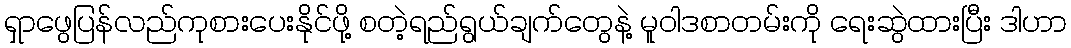
ရှာဖွေပြန်လည်ကုစားပေးနိုင်ဖို့ စတဲ့ရည်ရွယ်ချက်တွေနဲ့ မူဝါဒစာတမ်းကို ရေးဆွဲထားပြီး ဒါဟာ